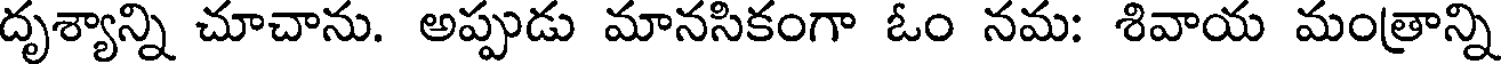
దృశ్యాన్ని చూచాను. అప్పుడు మానసికంగా ఓం నమ: శివాయ మంత్రాన్ని